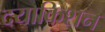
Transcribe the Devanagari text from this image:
दयाकिशन